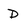
Character: D